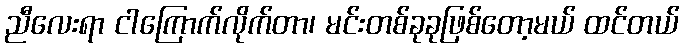
ညီလေးရာ ငါကြောက်လိုက်တာ၊ မင်းတစ်ခုခုဖြစ်တော့မယ် ထင်တယ်